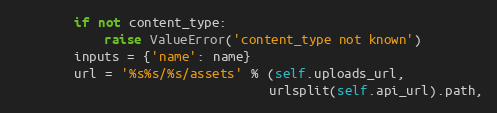
Language: Python
        if not content_type:
            raise ValueError('content_type not known')
        inputs = {'name': name}
        url = '%s%s/%s/assets' % (self.uploads_url,
                                  urlsplit(self.api_url).path,